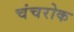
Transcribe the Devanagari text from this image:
चंचरोक